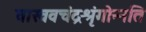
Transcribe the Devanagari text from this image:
वास्ववचंद्रश्रृंगोन्नति